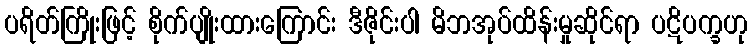
ပရိတ်ကြိုးဖြင့် စိုက်ပျိုးထားကြောင်း ဒီဇိုင်းပါ မိဘအုပ်ထိန်းမှုဆိုင်ရာ ပဋိပက္ခဟု